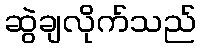
ဆွဲချလိုက်သည်